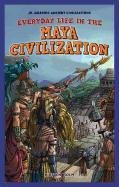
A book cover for Everyday Life in the Maya Civilization (Jr. Graphic Ancient Civilizations); Kirsten Holm; Children's Books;